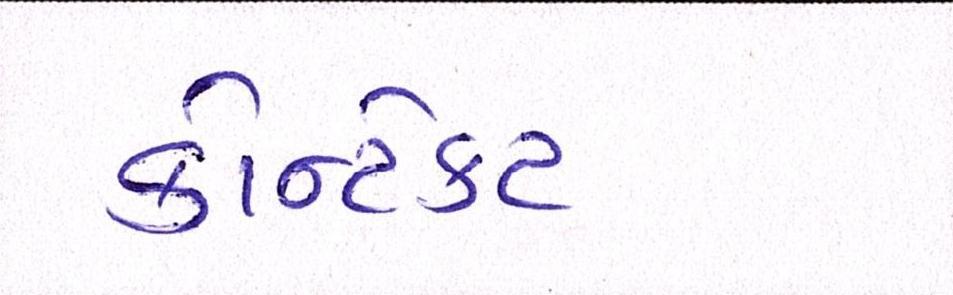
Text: કોન્ટેકટ